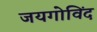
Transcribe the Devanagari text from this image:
जयगोविंद